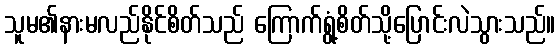
သူမ၏နားမလည်နိုင်စိတ်သည် ကြောက်ရွံ့စိတ်သို့ပြောင်းလဲသွားသည်။